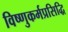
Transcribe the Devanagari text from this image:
विष्णुकर्मप्रसिद्धि